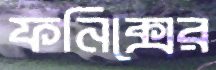
ফনিক্সের